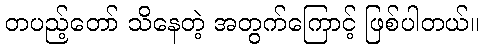
တပည့်တော် သိနေတဲ့ အတွက်ကြောင့် ဖြစ်ပါတယ်။